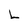
Character: L